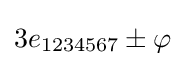
3e_{1234567}\pm \varphi